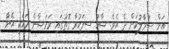
އަށް ސަމާލުކަން ދެ އެވެ. ޝާހު ސިފަކުރާ ގޮތުގައި ރަމަޟާން މަހަކީ އޭނާ